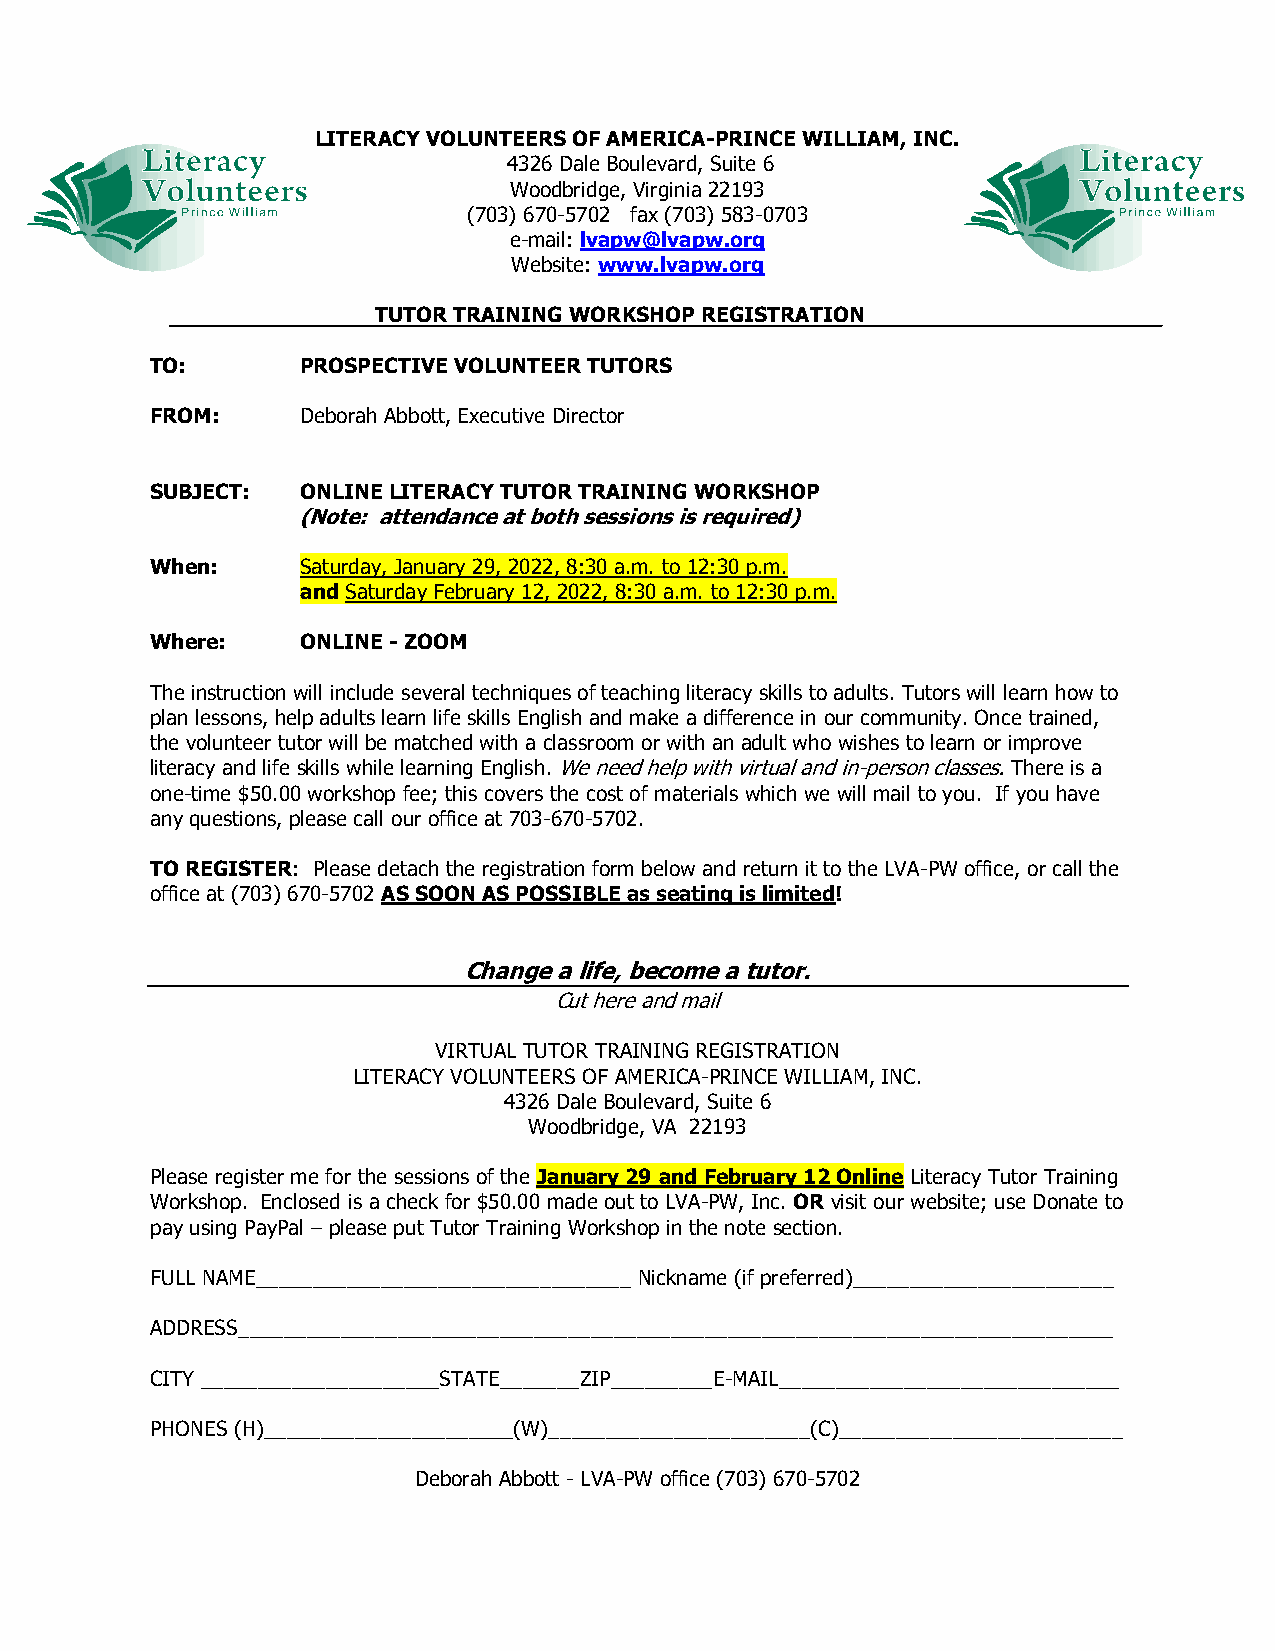
LITERACY VOLUNTEERS OF AMERICA-PRINCE WILLIAM, INC.
 4326 Dale Boulevard, Suite 6
 Woodbridge, Virginia 22193
 (703) 670-5702 fax (703) 583-0703
 e-mail: lvapw@lvapw.org
 Website: www.lvapw.org
 TUTOR TRAINING WORKSHOP REGISTRATION
 TO:       PROSPECTIVE VOLUNTEER TUTORS
 FROM:     Deborah Abbott, Executive Director
 SUBJECT:  ONLINE LITERACY TUTOR TRAINING WORKSHOP
 (Note: attendance at both sessions is required)
 When:     Saturday, January 29, 2022, 8:30 a.m. to 12:30 p.m.
 and Saturday February 12, 2022, 8:30 a.m. to 12:30 p.m.
 Where:    ONLINE - ZOOM
 The instruction will include several techniques of teaching literacy skills to adults. Tutors will learn how to
 plan lessons, help adults learn life skills English and make a difference in our community. Once trained,
 the volunteer tutor will be matched with a classroom or with an adult who wishes to learn or improve
 literacy and life skills while learning English. We need help with virtual and in-person classes. There is a
 one-time $50.00 workshop fee; this covers the cost of materials which we will mail to you. If you have
 any questions, please call our office at 703-670-5702.
 TO REGISTER: Please detach the registration form below and return it to the LVA-PW office, or call the
 office at (703) 670-5702 AS SOON AS POSSIBLE as seating is limited!
 Change a life, become a tutor.
 Cut here and mail
 VIRTUAL TUTOR TRAINING REGISTRATION
 LITERACY VOLUNTEERS OF AMERICA-PRINCE WILLIAM, INC.
 4326 Dale Boulevard, Suite 6
 Woodbridge, VA 22193
 Please register me for the sessions of the January 29 and February 12 Online Literacy Tutor Training
 Workshop. Enclosed is a check for $50.00 made out to LVA-PW, Inc. OR visit our website; use Donate to
 pay using PayPal – please put Tutor Training Workshop in the note section.
 FULL NAME_________________________________ Nickname (if preferred)_______________________
 ADDRESS_____________________________________________________________________________
 CITY _____________________STATE_______ZIP_________E-MAIL______________________________
 PHONES (H)______________________(W)_______________________(C)_________________________
 Deborah Abbott - LVA-PW office (703) 670-5702